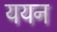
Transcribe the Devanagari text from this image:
ययन